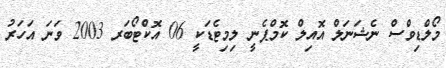
މޯލްޑިވްސް ނެޝަނަލް އޮއިލް ކޮމްޕެނީ ލިމިޓެޑަކީ 06 އޮކްޓޯބަރ 2003 ވަނަ އަހަރު